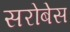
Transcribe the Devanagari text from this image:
सरोबेस